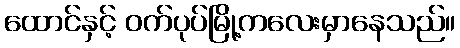
ထောင်နှင့် ဝက်ပုပ်မြို့ကလေးမှာနေသည်။